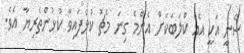
ސެނީ އަކީ އެއް ކްލަބަކަށް އެންމެ ގިނަ މެޗު ކުޅެފައިވާ ކުޅުންތެރިޔާ އެވެ.